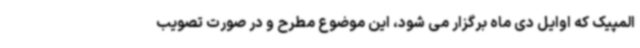
المپیک که اوایل دی ماه برگزار می شود، این موضوع مطرح و در صورت تصویب